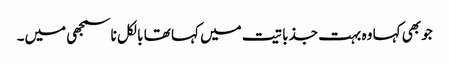
جو بھی کہا وہ بہت جذباتیت میں کہا تھا بالکل ناسمجھی میں۔